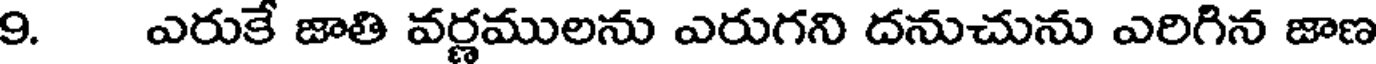
9. ఎరుకే జాతి వర్ణములను ఎరుగని దనుచును ఎరిగిన జాణ